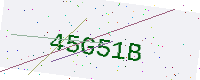
Text: 45G51B